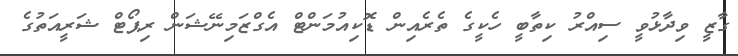
ގާޒީ ވިދާޅުވީ ސިއްރު ކިތާބީ ހެކީގެ ތެރެއިން ޑޮކިއުމަންޓް އެގްޒަމިނޭޝަން ރިޕޯޓް ޝަރީއަތުގެ